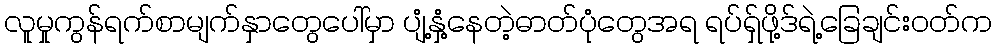
လူမှုကွန်ရက်စာမျက်နှာတွေပေါ်မှာ ပျံ့နှံ့နေတဲ့ဓာတ်ပုံတွေအရ ရပ်ရှ်ဖို့ဒ်ရဲ့ခြေချင်းဝတ်က